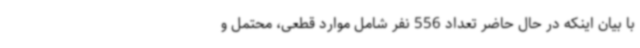
با بیان اینکه در حال حاضر تعداد 556 نفر شامل موارد قطعی، محتمل و